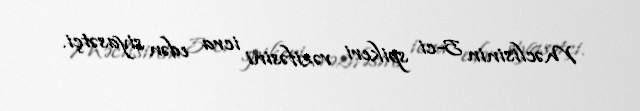
Məclisinin 5-ci spikeri vəzifəsini icra edən siyasətçi.